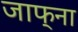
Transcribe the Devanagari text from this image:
जाफ्ना